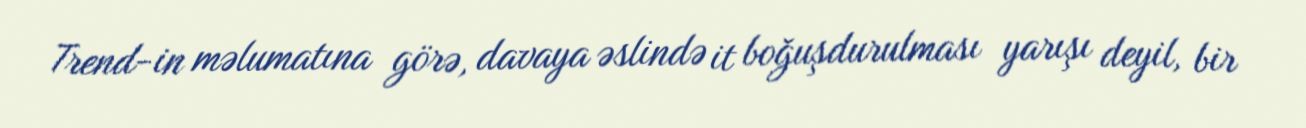
Trend-in məlumatına görə, davaya əslində it boğuşdurulması yarışı deyil, bir